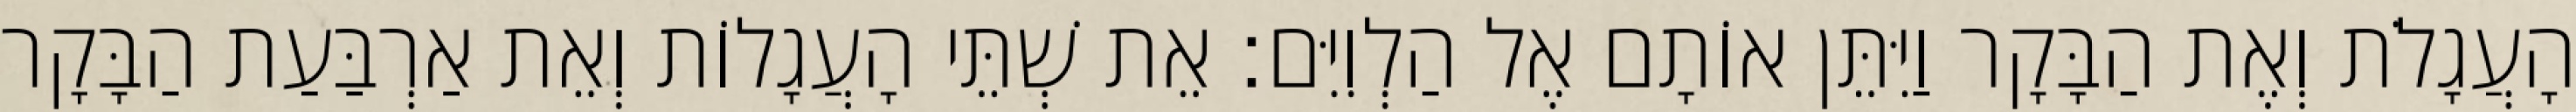
הָעֲגָלֹת וְאֶת הַבָּקָר וַיִּתֵּן אוֹתָם אֶל הַלְוִיִּם׃ אֵת שְׁתֵּי הָעֲגָלוֹת וְאֵת אַרְבַּעַת הַבָּקָר